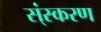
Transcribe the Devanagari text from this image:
स्ंस्करण